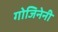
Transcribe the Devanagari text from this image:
गोजिनेनी